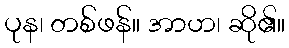
ပုန၊ တစ်ဖန်။ အာဟ၊ ဆို၏။